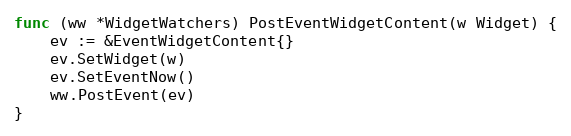
Language: Go
func (ww *WidgetWatchers) PostEventWidgetContent(w Widget) {
	ev := &EventWidgetContent{}
	ev.SetWidget(w)
	ev.SetEventNow()
	ww.PostEvent(ev)
}